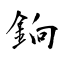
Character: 銄